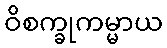
ဝိစက္ခုကမ္မာယ